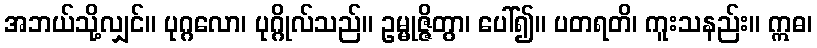
အဘယ်သို့လျှင်။ ပုဂ္ဂလော၊ ပုဂ္ဂိုလ်သည်။ ဥမ္မုဇ္ဇိတွာ၊ ပေါ်၍။ ပတရတိ၊ ကူးသနည်း။ ဣဓ၊